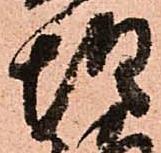
惶